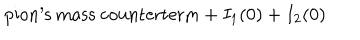
\mathrm { p i o n ^ { \prime } s ~ m a s s ~ c o u n t e r t e r m } + I _ { 1 } ( 0 ) + I _ { 2 } ( 0 )